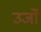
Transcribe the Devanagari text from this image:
उर्जो